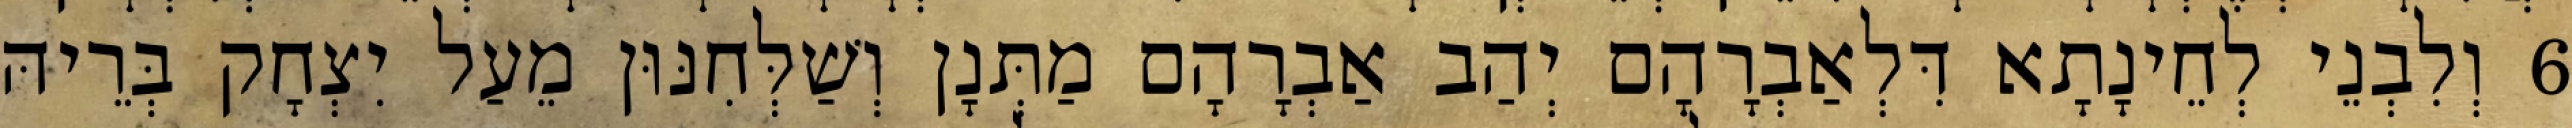
6 וְלִבְנֵי לְחֵינָתָא דִּלְאַבְרָהָם יְהַב אַבְרָהָם מַתְּנָן וְשַׁלְּחִנּוּן מֵעַל יִצְחָק בְּרֵיהּ